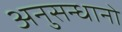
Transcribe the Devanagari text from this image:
अनुसन्धानो